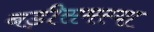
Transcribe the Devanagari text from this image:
बड़ीसमस्या